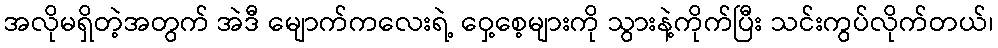
အလိုမရှိတဲ့အတွက် အဲဒီ မျောက်ကလေးရဲ့ ဝှေ့စေ့များကို သွားနဲ့ကိုက်ပြီး သင်းကွပ်လိုက်တယ်၊